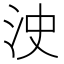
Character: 㳏